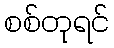
စစ်တုရင်